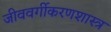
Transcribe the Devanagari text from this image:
जीववर्गीकरणशास्त्र